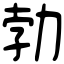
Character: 勃